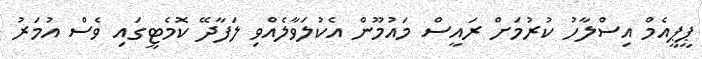
ޕީޕީއެމް އިސްލާހު ކުރުމަށް ރައީސް މައުމޫން އެކުލަވާލެއްވި ލަފާދޭ ކޮމެޓީގައި ވެސް އުމަރު